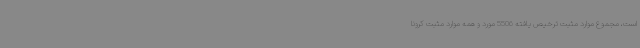
است، مجموع موارد مثبت ترخیص ‌یافته 5506 مورد و همه موارد مثبت کرونا